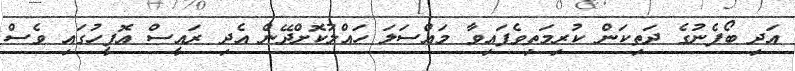
އަދި ބޯފެނުގެ ދަތިކަން ކުރިމަތިވެފައިވާ މައްސަލަ ހައްލުކޮށްދޭން އެދި ރައީސް އޮފީހުގައި ވެސް